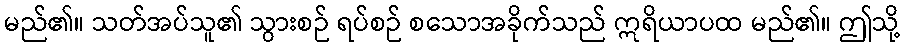
မည်၏။ သတ်အပ်သူ၏ သွားစဉ် ရပ်စဉ် စသောအခိုက်သည် ဣရိယာပထ မည်၏။ ဤသို့